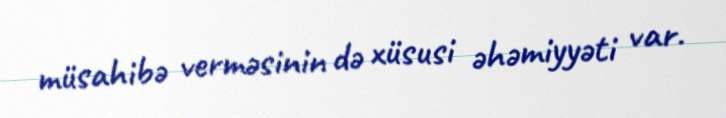
müsahibə verməsinin də xüsusi əhəmiyyəti var.